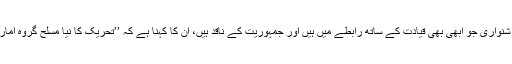
طالبان دور میں نائب وزیر عدل و انصاف کے طور پہ خدمات انجام دینے والے جلال الدین شنواری جو ابھی بھی قیادت کے ساتھ رابطے میں ہیں اور جمہوریت کے ناقد ہیں، اُن کا کہنا ہے کہ ’’تحریک کا نیا مسلح گروہ امارت اسلامیہ کی واپسی سے کم کسی شرط پر رضامندی ظاہر کرنے کے لیے تیارنہیں ہوگا۔